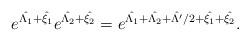
LaTeX: \begin{align*} e^{\hat{\Lambda_1}+\hat{\xi_1}} e^{\hat{\Lambda_2}+\hat{\xi_2}} = e^{\hat{\Lambda_1}+\hat{\Lambda_2}+\hat{\Lambda'}/2+\hat{\xi_1}+\hat{\xi_2}} .\end{align*}